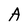
Character: A